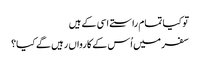
تو کیا تمام راستے اسی کے ہیں
سفر میں اُس کے کارواں رہیں گے کیا؟